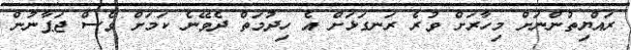
ރައްޔިތުންނަށް މިހާރަށް ވުރެ ރަނގަޅަށް އެ ހިދުމަތް ދެވޭނެ ކަމަށް ވެސް ޖަޕާނުން